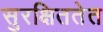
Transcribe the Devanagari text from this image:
सुरक्षिततेत